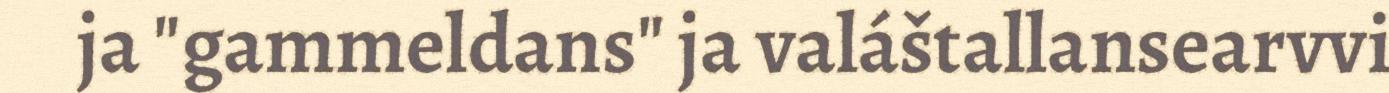
ja "gammeldans" ja valáštallansearvvi